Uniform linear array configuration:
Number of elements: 32
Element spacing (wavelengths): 0.5
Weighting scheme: cosine
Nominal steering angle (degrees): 0
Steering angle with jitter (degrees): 0.1381
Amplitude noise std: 0.05
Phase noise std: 0.05

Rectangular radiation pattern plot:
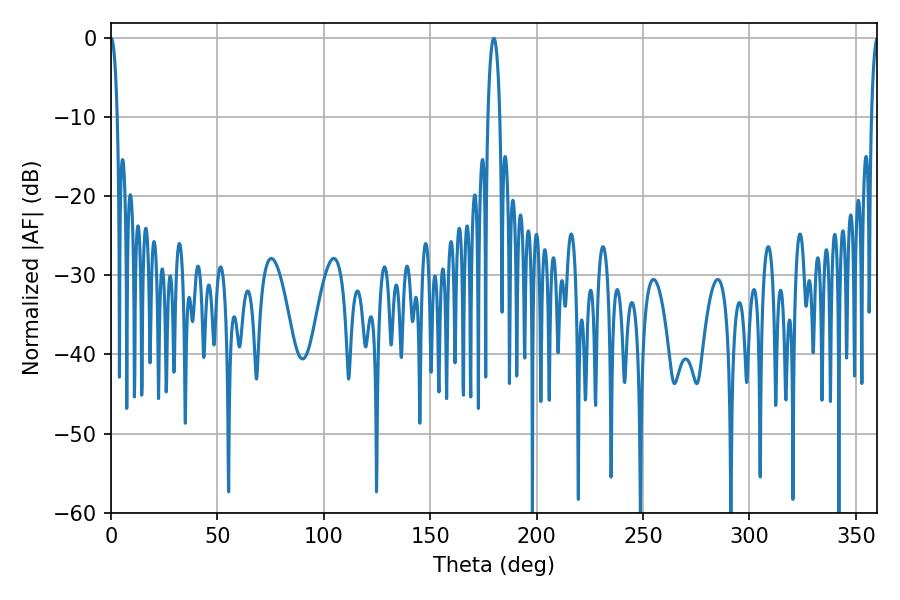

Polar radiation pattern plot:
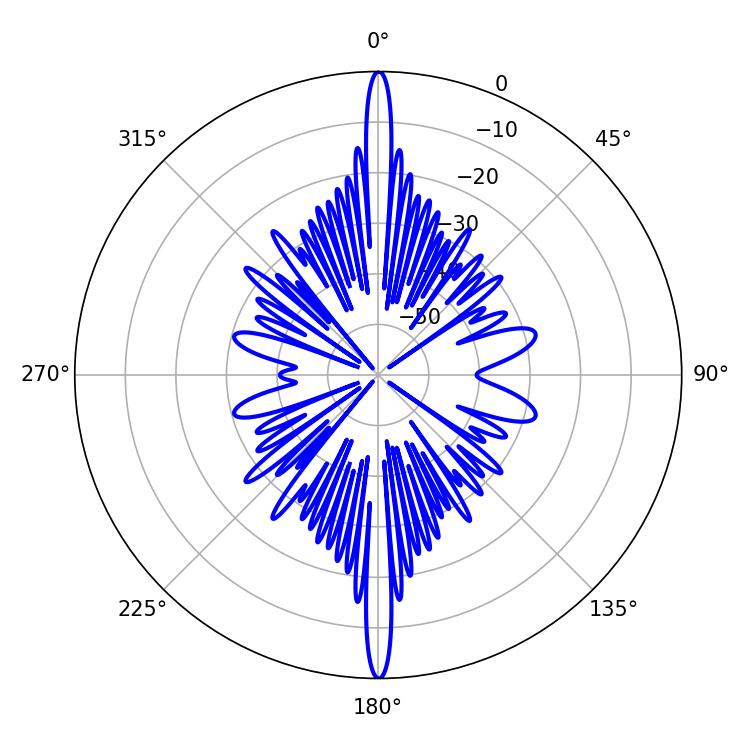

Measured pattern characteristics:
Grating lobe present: FALSE
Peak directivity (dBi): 37.655
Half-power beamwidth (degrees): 1.62
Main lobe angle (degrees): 0.18